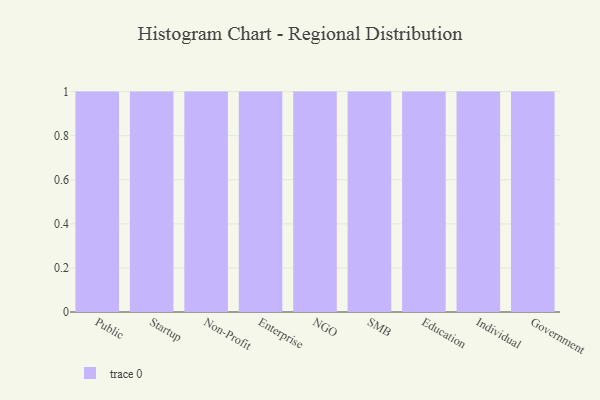
{"axis": {"x": "Segment", "y": "Waste Production (Tons)"}, "legend": [""], "data": [{"x": "Public", "y": 17, "type": ""}, {"x": "Startup", "y": 42, "type": ""}, {"x": "Non-Profit", "y": 81, "type": ""}, {"x": "Enterprise", "y": 3, "type": ""}, {"x": "NGO", "y": 59, "type": ""}, {"x": "SMB", "y": 12, "type": ""}, {"x": "Education", "y": 63, "type": ""}, {"x": "Individual", "y": 97, "type": ""}, {"x": "Government", "y": 52, "type": ""}]}